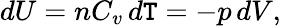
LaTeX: dU=nC_{v}\, d\mathtt{T}=-p\, dV,